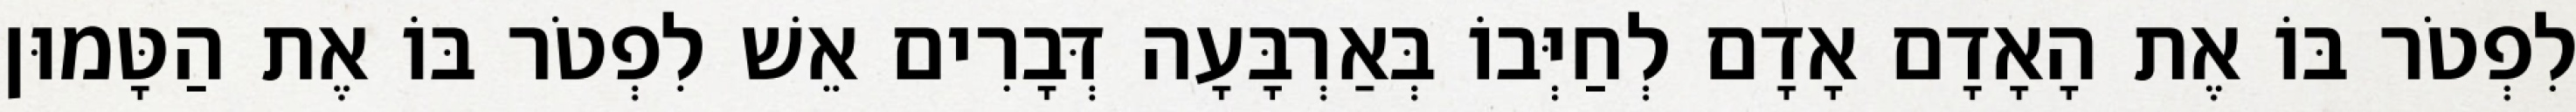
לִפְטֹר בּוֹ אֶת הָאָדָם אָדָם לְחַיְּבוֹ בְּאַרְבָּעָה דְּבָרִים אֵשׁ לִפְטֹר בּוֹ אֶת הַטָּמוּן